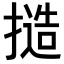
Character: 𢳥